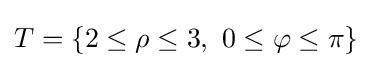
T=\{2\leq \rho \leq 3,\ 0\leq \varphi \leq \pi \}